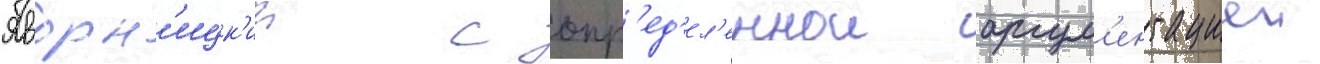
Яворн'ицк'ии с опр'ед'ел'еннои аргум'ентациеи